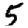
Digit: 5